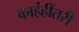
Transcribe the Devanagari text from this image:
काहंहींतरी